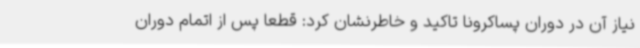
نیاز آن در دوران پساکرونا تاکید و خاطرنشان کرد: قطعا پس از اتمام دوران